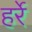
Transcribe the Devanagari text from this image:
हर्रे